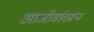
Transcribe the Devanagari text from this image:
आजोबांवरून